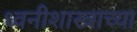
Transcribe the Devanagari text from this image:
ध्वनीशास्त्राच्या